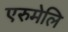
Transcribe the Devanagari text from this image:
एरुमेलि